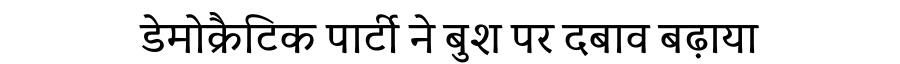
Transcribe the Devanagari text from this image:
डेमोक्रैटिक पार्टी ने बुश पर दबाव बढ़ाया